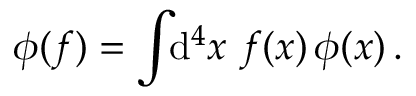
\phi ( f ) = \int \! \! \mathrm { d } ^ { 4 } x \, \, f ( x ) \, \phi ( x ) \, .